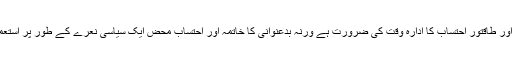
آزاد خود مختار اور طاقتور احتساب کا ادارہ وقت کی ضرورت ہے ورنہ بدعنوانی کا خاتمہ اور احتساب محض ایک سیاسی نعرے کے طور پر استعمال ہوتا رہے گا۔